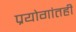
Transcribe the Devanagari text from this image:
प्रयोगांतही